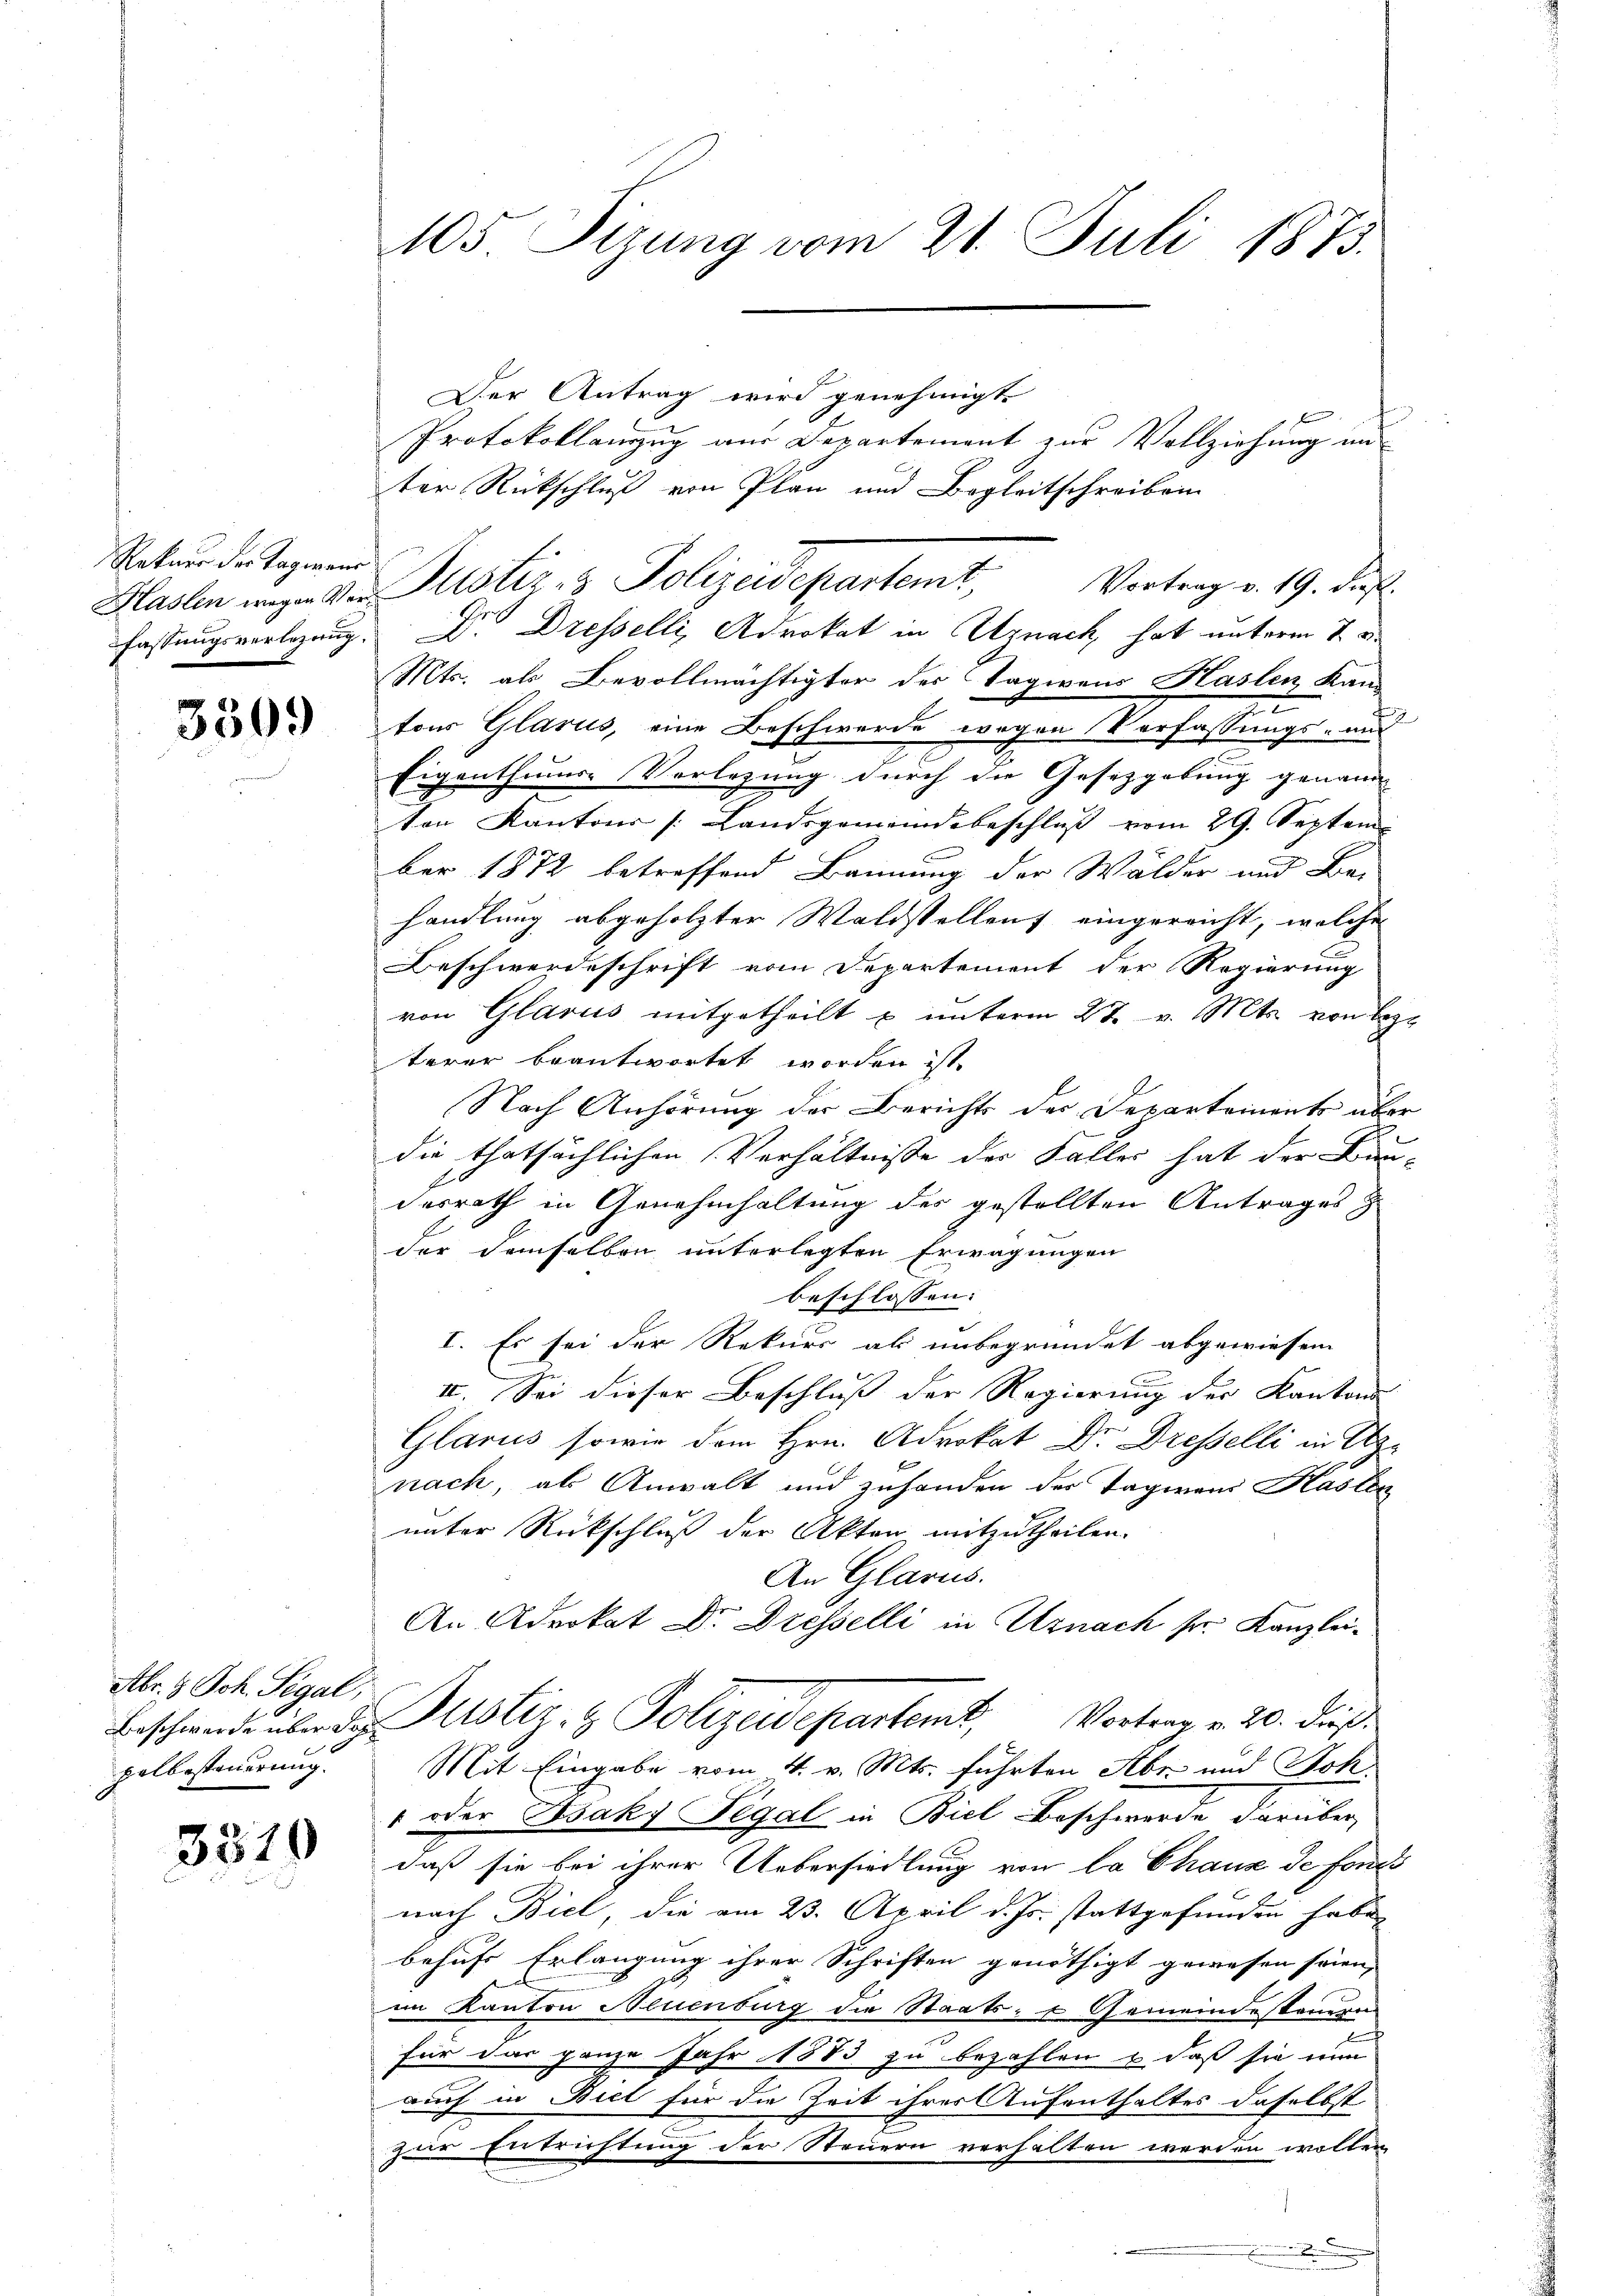
Rekurs der Tagmann
fassungsverlegung.

3309

Abr. H. Sch. Segal,
palbestanderung.

3319

105 Sizung vom 21. Juli 1873.

Der Antrag wird genehmigt.
Protokollanzug aus Departement zur Vollziehung und
ter Rückschluß von Plan und Begleitschreiben
Vortrag v. 19. dies
Dr. Dresselli, Advokat in Uznach hat unterm 7. d.
Mts. als Bevollmächtigter des Tagwens Haslen Kantons Glarus, eine Beschwerde wegen Verfassungs- und
2
Eigenthums-Vorlegung durch die Gesetzgebung genann
ten Kantons (Landsgemeindsbeschlŭβ vom 29. Septem
ber 1872 betreffend Bannung der Wälder und Be-
handlung abgeholzter Waldstellens eingereicht, welche
Beschwerdeschrift vom Departement der Regierung
von Glarus mitgetheilt u unterm 27. v. Mts. von Bez
terer beantwortet worden ist.
Nach Anhörung der Berichts der Departements über
die thatsächlichen Verhältnisse der Faller hat der Bundesrath in Genehmhaltung der gestellten Antrages z
der demselben unterlegten Erwägungen
beschlossen:
I. Es sei der Rekurs als unbegründet abgewiesen
II. Sei dieser Beschluß der Regierung der Kantons
Glarus sowie dem Hrn. Advokat Dr. Dresselli in Uz
nach, als Anwalt und zuhanden der Tagwand Kasten
unter Rückschluß der Akten mitzutheilen.
An Glarus.
An Advokat Dr. Dresselli in Uznach sr. Kanzlei¬
Beschwerde über des ustiz- & Polizeidepartent, Vortrag v. 20. Fuß
Mit Eingabe vom 4. v. Mts. führten Abr. und Stok¬
" oder Isaky Tegal in Biel Beschwerde darüber
daß sie bei ihrer Uebersiedlung von la Chaux de fonds
nach Biel, die am 23. April d. Js. stattgefunden habe
behufs Erlangung ihrer Schriften genöthigt gewesen seien,
im Kanton Neuenburg die Staats- & Gemeindestanden
für das ganze Jahr 1883 zu bezahlen u. daß sie nun
auch in Biel für die Zeit ihrer Aufenthaltes daselbst
zur Entrichtung der Steuern verhalten werden wollen
.

Hlasten wegen der Justiz- & Polizeidepartemt,

d